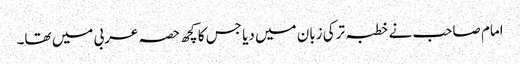
امام صاحب نے خطبہ ترکی زبان میں دیا جس کا کچھ حصہ عربی میں تھا۔